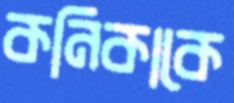
কনিকাকে